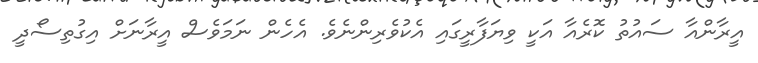
އީރާންއާ ސައުތު ކޮރެއާ އަކީ ވިޔަފާރީގައި އެކުވެރިންނެވެ. އެހެން ނަމަވެސް އީރާނަށް އިގުތިސޯދީ